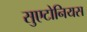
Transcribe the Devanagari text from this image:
सुएटोनियस